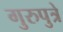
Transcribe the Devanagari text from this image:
गुरुपुत्रे